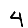
Digit: 4